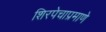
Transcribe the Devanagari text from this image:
शिरपेचाप्रमाणे